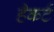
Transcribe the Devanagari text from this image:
हैकर्ट